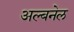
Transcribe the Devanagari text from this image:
अल्बनेल